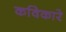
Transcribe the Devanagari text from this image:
कविकारे